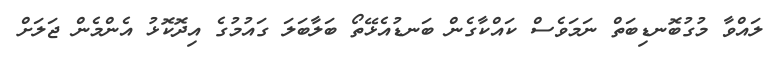
ލައްވާ މުގުބޮނޑިބަތް ނަމަވެސް ކައްކާގެން ބަނޑުއެޅޭތޯ ބަލާބަލަ ގައުމުގެ އިދޮކޮޅު އެންމެން ޖަލަށް